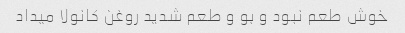
خوش طعم نبود و بو و طعم شدید روغن کانولا میداد